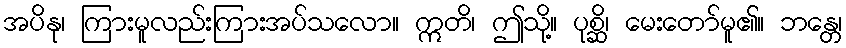
အပိနု၊ ကြားမူလည်းကြားအပ်သလော။ ဣတိ၊ ဤသို့။ ပုစ္ဆိ၊ မေးတော်မူ၏။ ဘန္တေ၊